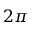
2 \pi